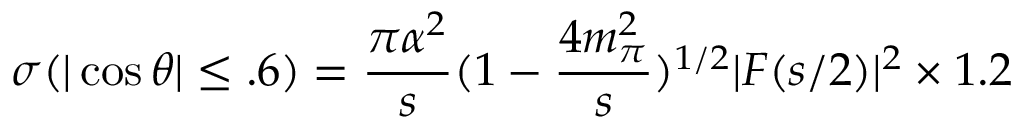
\sigma ( | \cos \theta | \leq . 6 ) = \frac { \pi \alpha ^ { 2 } } { s } ( 1 - \frac { 4 m _ { \pi } ^ { 2 } } { s } ) ^ { 1 / 2 } | F ( s / 2 ) | ^ { 2 } \times 1 . 2